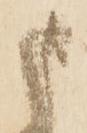
申